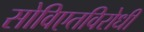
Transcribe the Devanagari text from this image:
सोविएतविरोधी